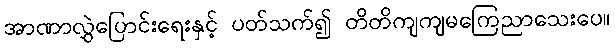
အာဏာလွှဲပြောင်းရေးနှင့် ပတ်သက်၍ တိတိကျကျမကြေညာသေးပေ။